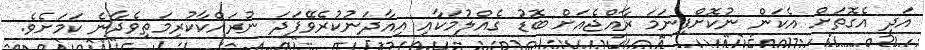
އަދި އެގޮތަށް އެކަން ނުކޮށްފިނަމަ ރާއްޖެއަށް ބޮޑު ގެއްލުމަކާއި އިއާދަނުކުރެވޭފަދަ ނުރައްކާކުރިމަތިވެދާނެ ކަަމަށެވެ.